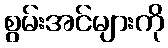
စွမ်းအင်များကို